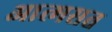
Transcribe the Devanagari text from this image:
आत्मसत